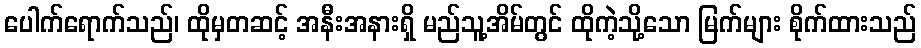
ပေါက်ရောက်သည်၊ ထိုမှတဆင့် အနီးအနားရှိ မည်သူ့အိမ်တွင် ထိုကဲ့သို့သော မြက်များ စိုက်ထားသည်